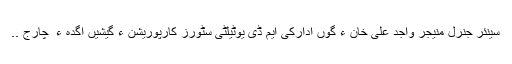
سینئر جنرل منیجر واجد علی خان ءَ گوں ادارکی ایم ڈی یوٹیلٹی سٹورز کارپوریشن ءِ گیشیں اگدہ ء ِ چارج ..